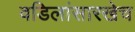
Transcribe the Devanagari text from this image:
वडिलांसारखेच